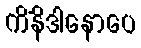
ကိံနိဒါနောပေ